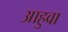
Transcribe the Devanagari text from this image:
आहुवा